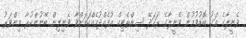
ވެނީލާގެ އަގު ބޮޑުވުމުން ވެނީލާގެ ރަހަދޭ ސިންތެޓިކް އުފެއްދުމެއްކަމަށްވާ ވެނިލިން ބޭނުންކުރާ މިންވަރު